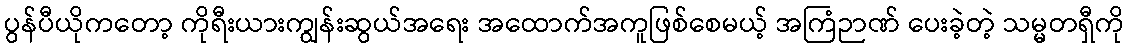
ပွန်ပီယိုကတော့ ကိုရီးယားကျွန်းဆွယ်အရေး အထောက်အကူဖြစ်စေမယ့် အကြံဉာဏ် ပေးခဲ့တဲ့ သမ္မတရှီကို